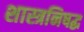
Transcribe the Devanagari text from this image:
शास्त्रनिषद्ध